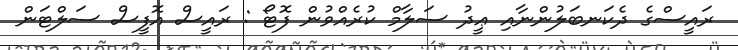
ރައީސްގެ ދެކަނބަލުންނާއި ޢީދު ސަލާމް ކުރެއްވުން ފޮޓޯ : ރައީސް އޮފީސް ސަލްޓަން